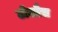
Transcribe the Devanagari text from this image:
टोलौस